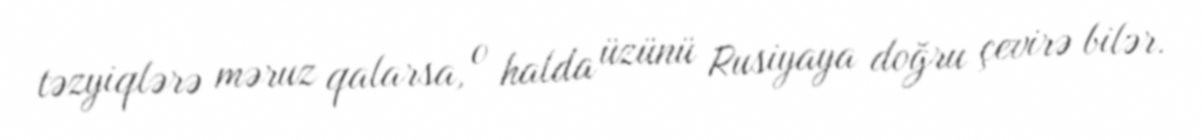
təzyiqlərə məruz qalarsa, o halda üzünü Rusiyaya doğru çevirə bilər.